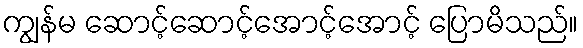
ကျွန်မ ဆောင့်ဆောင့်အောင့်အောင့် ပြောမိသည်။